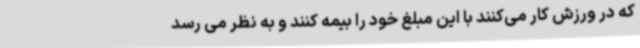
که در ورزش کار می‌کنند با این مبلغ خود را بیمه کنند و به نظر می رسد